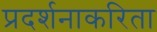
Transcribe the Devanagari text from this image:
प्रदर्शनाकरिता